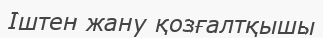
Іштен жану қозғалтқышы